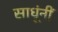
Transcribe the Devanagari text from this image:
साधूंनीं